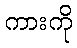
ကားကို